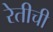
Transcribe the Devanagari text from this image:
रेतीची